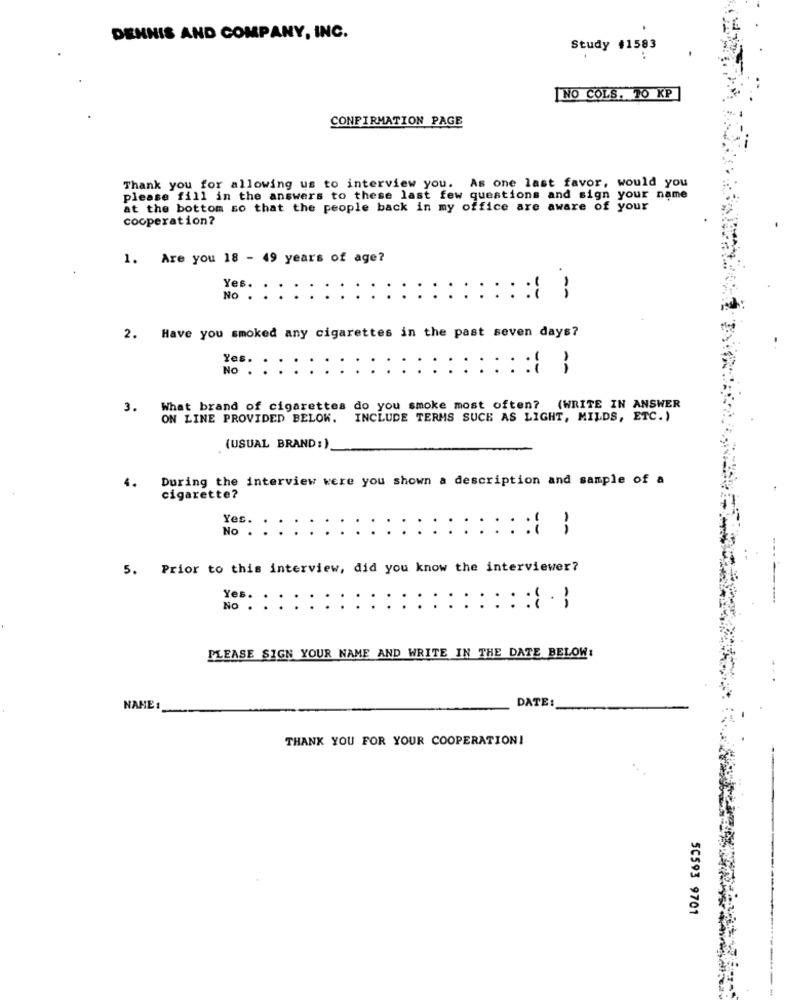
DENNIS AND COMPANY, INC.
Study #1583
...
[NO COLS. 70 KP
CONFIRMATION PAGE
Thank you for allowing us to interview you. As one last favor, would you
please fill in the answers to these last few questions and sign your name
at the bottom so that the people back in my office are aware of your
cooperation?
1. Are you 18 - 49 years of age?
Yes.
No .
2. Have you smoked any cigarettes in the past seven days?
Yes.
No .
3.
What brand of cigarettes do you smoke most often? (WRITE IN ANSWER
ON LINE PROVIDED BELOW.
INCLUDE TERMS SUCH AS LIGHT, MILDS, ETC.)
(USUAL BRAND: )
During the interview were you shown a description and sample of a
4.
cigarette?
Yes.
No .
5. Prior to this interview, did you know the interviewer?
Yes.
No .
::: : :.;
PLEASE SIGN YOUR NAME AND WRITE IN THE DATE BELOW:
DATE:
NAME
THANK YOU FOR YOUR COOPERATION!
50593 9701